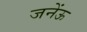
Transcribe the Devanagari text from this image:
जनेंऊ